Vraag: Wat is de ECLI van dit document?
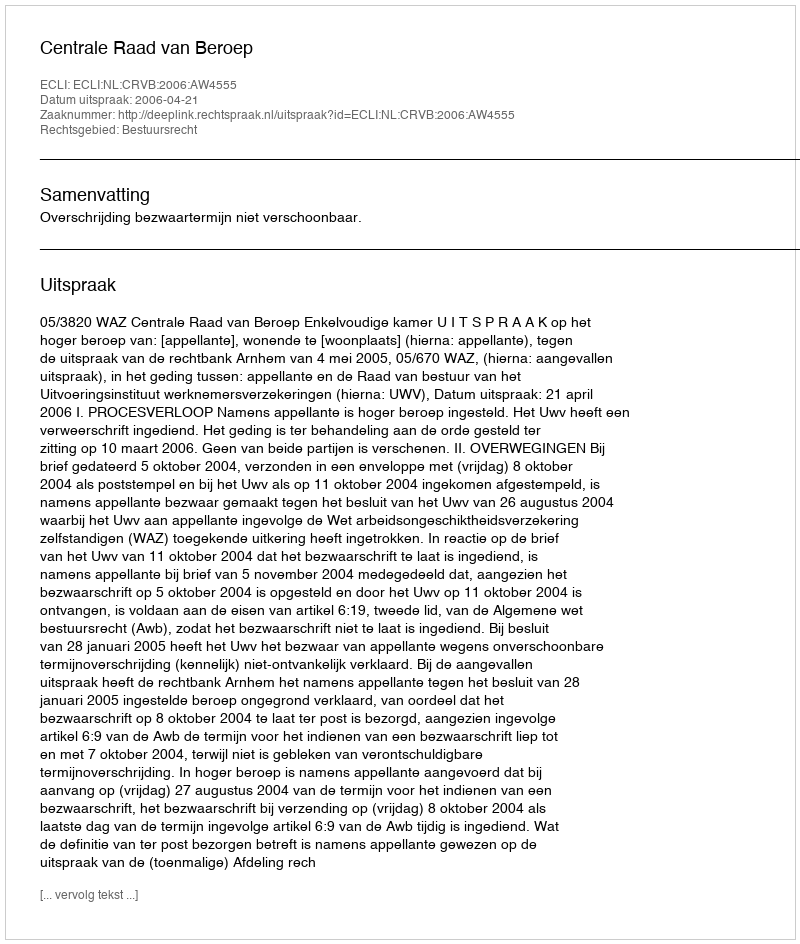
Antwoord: ECLI:NL:CRVB:2006:AW4555